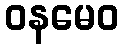
ဝနမေဝ